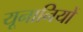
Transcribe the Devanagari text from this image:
यूनानियों